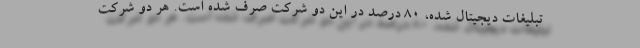
تبلیغات دیجیتال شده، ۸۰ درصد در این دو شرکت صرف شده است. هر دو شرکت